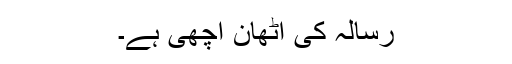
رسالہ کی اُٹھان اچھی ہے۔